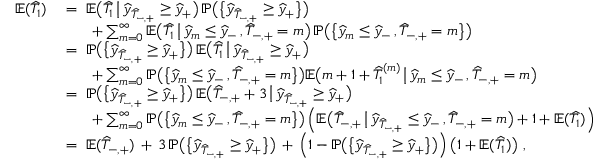
\begin{array} { r } { \begin{array} { r l } { \mathbb { E } ( \widehat { T } _ { 1 } ) } & { \; = \; \mathbb { E } \big ( \widehat { T } _ { 1 } \, \big | \, \widehat { y } _ { \widehat { T } _ { - , + } } \geq \widehat { y } _ { + } \big ) \, \mathbb { P } \big ( \big \{ \widehat { y } _ { \widehat { T } _ { - , + } } \geq \widehat { y } _ { + } \big \} \big ) } \\ & { \qquad + \sum _ { m = 0 } ^ { \infty } \mathbb { E } \big ( \widehat { T } _ { 1 } \, \big | \, \widehat { y } _ { m } \leq \widehat { y } _ { - } \, , \widehat { T } _ { - , + } = m \big ) \, \mathbb { P } \big ( \big \{ \widehat { y } _ { m } \leq \widehat { y } _ { - } \, , \widehat { T } _ { - , + } = m \big \} \big ) } \\ & { \; = \; \mathbb { P } \big ( \big \{ \widehat { y } _ { \widehat { T } _ { - , + } } \geq \widehat { y } _ { + } \big \} \big ) \, \mathbb { E } \big ( \widehat { T } _ { 1 } \, \big | \, \widehat { y } _ { \widehat { T } _ { - , + } } \geq \widehat { y } _ { + } \big ) } \\ & { \qquad + \sum _ { m = 0 } ^ { \infty } \mathbb { P } \big ( \big \{ \widehat { y } _ { m } \leq \widehat { y } _ { - } \, , \widehat { T } _ { - , + } = m \big \} \big ) \mathbb { E } \big ( m + 1 + \widehat { T } _ { 1 } ^ { ( m ) } \, \big | \, \widehat { y } _ { m } \leq \widehat { y } _ { - } \, , \widehat { T } _ { - , + } = m \big ) } \\ & { \; = \; \mathbb { P } \big ( \big \{ \widehat { y } _ { \widehat { T } _ { - , + } } \geq \widehat { y } _ { + } \big \} \big ) \, \mathbb { E } \big ( \widehat { T } _ { - , + } + 3 \, \big | \, \widehat { y } _ { \widehat { T } _ { - , + } } \geq \widehat { y } _ { + } \big ) } \\ & { \qquad + \sum _ { m = 0 } ^ { \infty } \mathbb { P } \big ( \big \{ \widehat { y } _ { m } \leq \widehat { y } _ { - } \, , \widehat { T } _ { - , + } = m \big \} \big ) \left( \mathbb { E } \big ( \widehat { T } _ { - , + } \, \big | \, \widehat { y } _ { \widehat { T } _ { - , + } } \leq \widehat { y } _ { - } \, , \widehat { T } _ { - , + } = m \big ) + 1 + \mathbb { E } ( \widehat { T } _ { 1 } ) \right) } \\ & { \; = \; \mathbb { E } ( \widehat { T } _ { - , + } ) \, + \, 3 \, \mathbb { P } \big ( \big \{ \widehat { y } _ { \widehat { T } _ { - , + } } \geq \widehat { y } _ { + } \big \} \big ) \, + \, \left( 1 - \mathbb { P } \big ( \big \{ \widehat { y } _ { \widehat { T } _ { - , + } } \geq \widehat { y } _ { + } \big \} \big ) \right) \left( 1 + \mathbb { E } ( \widehat { T } _ { 1 } ) \right) \, , } \end{array} } \end{array}